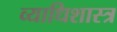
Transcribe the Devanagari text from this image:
व्याधिशास्त्र